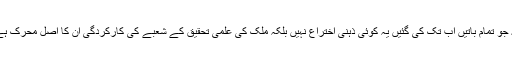
یہ جو تمام باتیں اب تک کی گئیں یہ کوئی ذہنی اختراع نہیں بلکہ ملک کی علمی تحقیق کے شعبے کی کارکردگی ان کا اصل محرک ہے۔